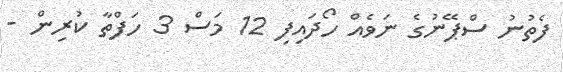
ފެތުނު ސްޕޭނުގެ ނަވެއް ހޯދައިފި 12 މަސް 3 ހަފްތާ ކުރިން -